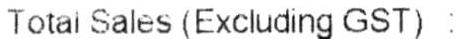
TOTAL SALES (EXCLUDING GST):